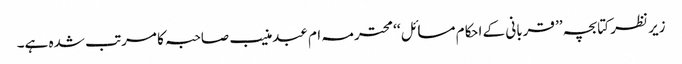
زیر نظر کتابچہ ’’ قربانی کے احکام مسائل ‘‘ محترمہ ام عبدمنیب صاحبہ کا مرتب شدہ ہے۔